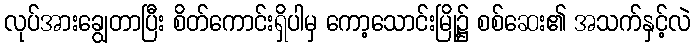
လုပ်အားချွေတာပြီး စိတ်ကောင်းရှိပါမှ ကော့သောင်းမြို့၌ စစ်ဆေး၏ အသက်နှင့်လဲ